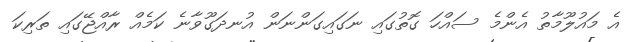
އެ މައުލޫމާތު އެންމެ ސައްހަ ގޮތުގައި ނަގައިގަންނަން އުނދަގޫވާނެ ކަމެއް ރާއްޖޭގައި ތަރިކަ